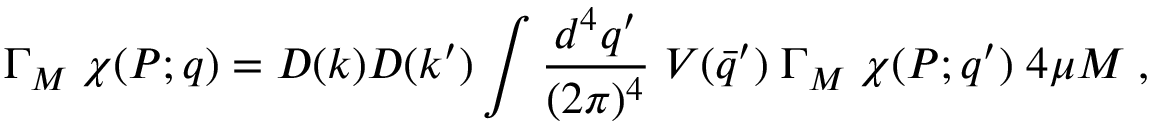
\Gamma _ { M } \; \chi ( P ; q ) = D ( k ) D ( k ^ { \prime } ) \int \frac { d ^ { 4 } q ^ { \prime } } { ( 2 \pi ) ^ { 4 } } \; V ( \bar { q } ^ { \prime } ) \; \Gamma _ { M } \; \chi ( P ; q ^ { \prime } ) \; 4 \mu M \; ,